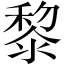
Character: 黎